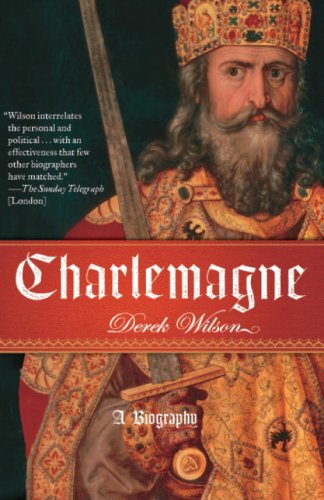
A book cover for Charlemagne; Derek Wilson; History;